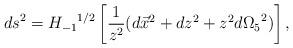
LaTeX: \begin{align*}{ds}^2 = {H_{-1}}^{1/2} \left[ \frac{1}{z^2} (d\vec{x}^2 + dz^2 + z^2 d {\Omega_5}^2) \right], \end{align*}